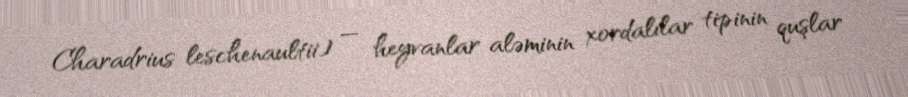
Charadrius leschenaultii) — heyvanlar aləminin xordalılar tipinin quşlar